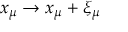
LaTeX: x _ { \mu } \to x _ { \mu } + \xi _ { \mu }